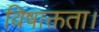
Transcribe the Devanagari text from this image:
विषाक्तता।